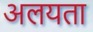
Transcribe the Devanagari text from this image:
अलयता